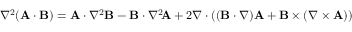
\nabla ^ { 2 } ( \mathbf { A } \cdot \mathbf { B } ) = \mathbf { A } \cdot \nabla ^ { 2 } \mathbf { B } - \mathbf { B } \cdot \nabla ^ { 2 } \! \mathbf { A } + 2 \nabla \cdot ( ( \mathbf { B } \cdot \nabla ) \mathbf { A } + \mathbf { B } \times ( \nabla \times \mathbf { A } ) )